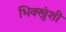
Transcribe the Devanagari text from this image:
भिक्खुंशी